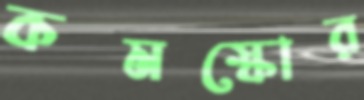
কমস্কোর